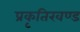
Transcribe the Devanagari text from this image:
प्रकृतिखण्ड